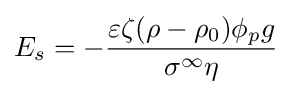
E_{s}=-{\frac {\varepsilon \zeta (\rho -\rho _{0})\phi _{p}g}{\sigma ^{\infty }\eta }}